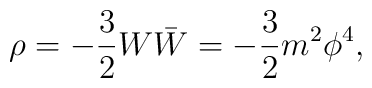
\rho =- \frac 3 2  W \bar W =-\frac 3 2  m^2 \phi  ^4 ,